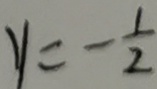
y = - \frac { 1 } { 2 }